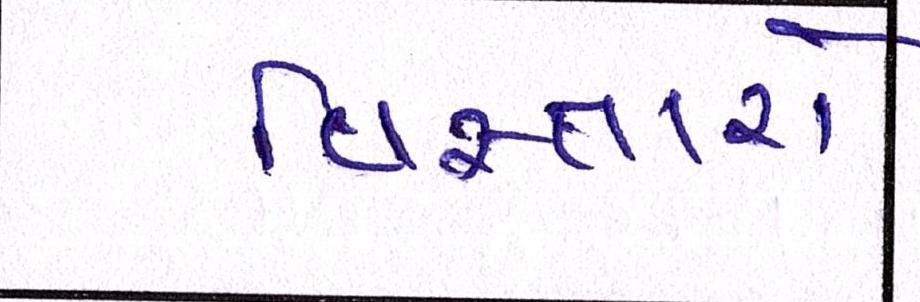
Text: વિસ્તારો